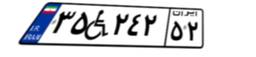
۳۵W۲۴۲۵۲